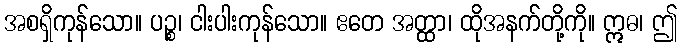
အစရှိကုန်သော။ ပဉ္စ၊ ငါးပါးကုန်သော။ ဧတေ အတ္ထာ၊ ထိုအနက်တို့ကို။ ဣဓ၊ ဤ